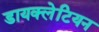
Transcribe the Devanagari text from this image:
डायक्लेटियन